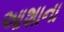
આશાના